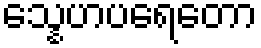
သ္နေဟပရေတော